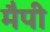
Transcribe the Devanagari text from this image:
मैपी